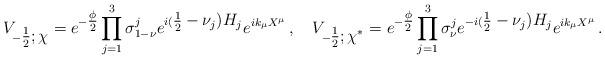
LaTeX: \begin{align*}V_{-\textstyle{1\over 2}; \chi}= e^{-\textstyle{\phi\over 2}} \prod_{j=1}^3 \sigma_{1-\nu}^je^{i(\textstyle{1\over 2} -\nu_j)H_j} e^{ik_\mu X^\mu}\, , \ \ \ V_{-\textstyle{1\over 2};\chi^*}= e^{-\textstyle{\phi\over 2}} \prod_{j=1}^3 \sigma_\nu^j e^{-i(\textstyle{1\over 2}-\nu_j)H_j} e^{ik_\mu X^\mu}\, .\end{align*}